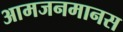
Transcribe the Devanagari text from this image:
आमजनमानस